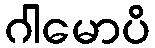
ဂါမောပိ